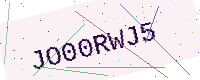
Text: JO00RWJ5